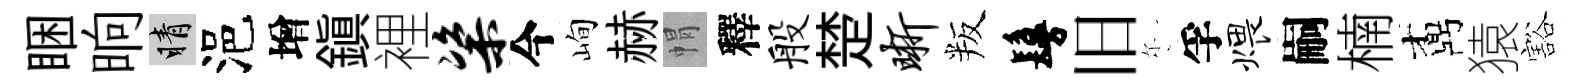
睏晌睛浥增鎮裡粢今峋赫㡌釋般楚晰叛鬘旧尓孚煨嗣楠鼒猿豁